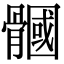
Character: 𩪐